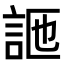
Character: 𧦩